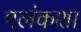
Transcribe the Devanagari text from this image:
पलंकशा